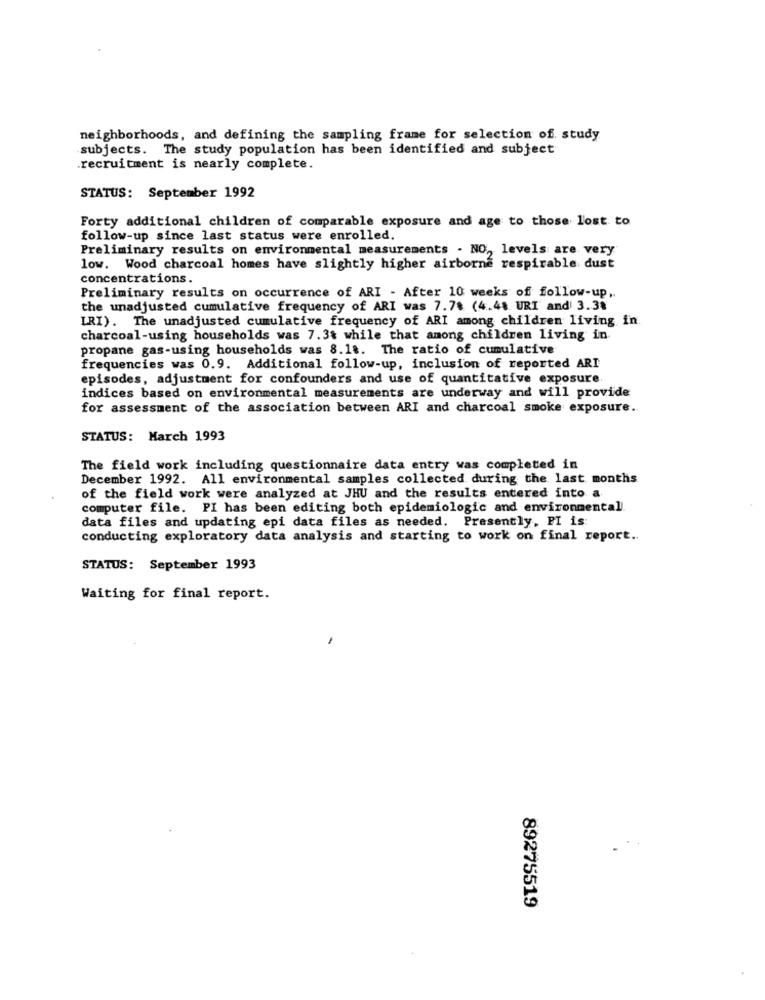
neighborhoods, and defining the sampling frame for selection of. study
subjects. The study population has been identified and subject
recruitment is nearly complete.
STATUS: September 1992
Forty additional children of comparable exposure and age to those lost to
follow-up since last status were enrolled.
Preliminary results on environmental measurements . NO ,, levels are very
low. Wood charcoal homes have slightly higher airborne respirable dust
concentrations.
Preliminary results on occurrence of ARI - After 10 weeks of follow-up,
the unadjusted cumulative frequency of ARI was 7.7% (4.48 URI and 3.3%
IRI). The unadjusted cumulative frequency of ARI among children living in.
charcoal-using households was 7.3% while that among children living in
propane gas-using households was 8.18. The ratio of cumulative
frequencies was 0.9. Additional follow-up, inclusion of reported ARI
episodes, adjustment for confounders and use of quantitative exposure
indices based on environmental measurements are underway and will provide
for assessment of the association between ARI and charcoal smoke exposure.
STATUS: March 1993
The field work including questionnaire data entry was completed in
December 1992. All environmental samples collected during the last months
of the field work were analyzed at JHU and the results entered into a
computer file. PI has been editing both epidemiologic and environmental
data files and updating epi data files as needed. Presently, PI is:
conducting exploratory data analysis and starting to work on final report ..
STATUS: September 1993
Waiting for final report.
-
89275519